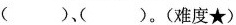
()、()。(难度★)